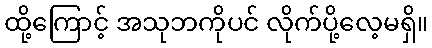
ထို့ကြောင့် အသုဘကိုပင် လိုက်ပို့လေ့မရှိ။